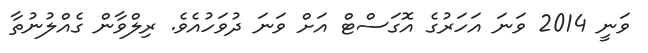
ވަނީ 2014 ވަނަ އަހަރުގެ އޮގަސްޓް އަށް ވަނަ ދުވަހުއެވެ. ރިލްވާން ގެއްލުނުތާ